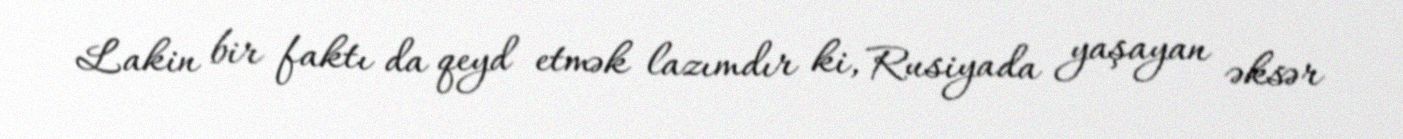
Lakin bir faktı da qeyd etmək lazımdır ki, Rusiyada yaşayan əksər